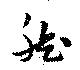
然